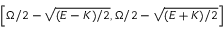
\left[ \Omega / 2 - \sqrt { ( E - K ) / 2 } , \Omega / 2 - \sqrt { ( E + K ) / 2 } \right]